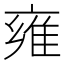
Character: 雍